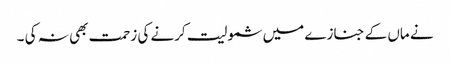
نے ماں کے جنازے میں شمولیت کرنے کی زحمت بھی نہ کی ۔